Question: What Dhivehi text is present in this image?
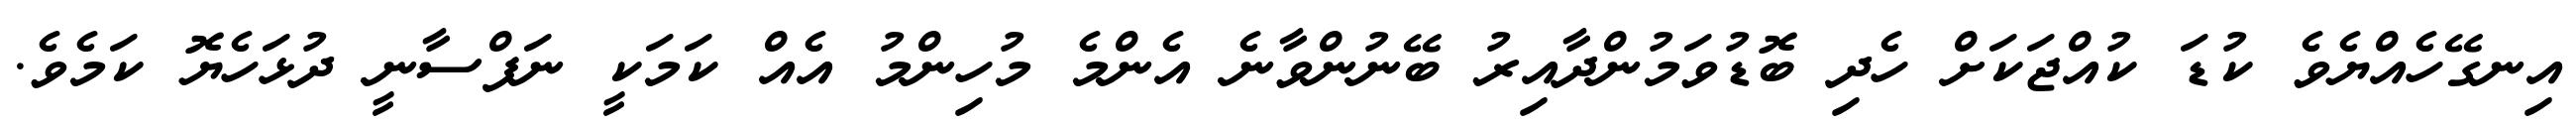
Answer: އިނގޭހެއްޔެވެ ކުޑަ ކުއްޖަކަށް ހެދި ބޮޑުވަމުންދާއިރު ބޭނުންވާނެ އެންމެ މުހިންމު އެއް ކަމަކީ ނަފްސާނީ ދުޅަހެޔޮ ކަމެވެ.